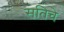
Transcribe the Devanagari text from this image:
सतिचे